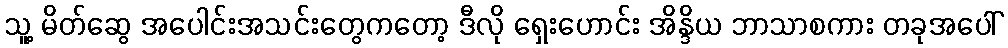
သူ့ မိတ်ဆွေ အပေါင်းအသင်းတွေကတော့ ဒီလို ရှေးဟောင်း အိန္ဒိယ ဘာသာစကား တခုအပေါ်